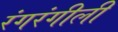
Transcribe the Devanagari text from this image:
रंगरंगीली